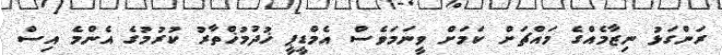
ރަންގަޅު ނިޒާމެއްގެ މައްޗަށް ކަމަށް ވީނަމަވެސް އެމްޑީޕީ ޚުދުމުޚްތާރު ކުރުމުގެ އެންމެ އިސް